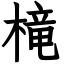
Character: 槞